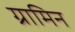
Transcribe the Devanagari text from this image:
ग्रामिन